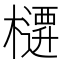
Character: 𭬜